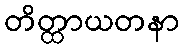
တိတ္ထာယတနာ